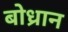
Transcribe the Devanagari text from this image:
बोध्रान